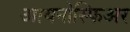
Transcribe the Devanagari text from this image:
आयनोस्फिअर